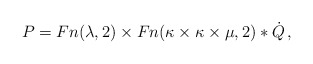
\begin{align*} P=Fn({\lambda},2)\times Fn({\kappa}\times {\kappa}\times {\mu},2)*\dot{Q}\,,\end{align*}